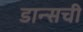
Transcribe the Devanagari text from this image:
डान्सची